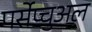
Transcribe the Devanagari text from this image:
पर्सेप्चुअल